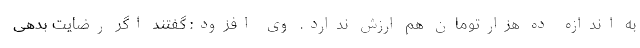
به اندازه ده هزارتومان هم ارزش ندارد. وی افزود: گفتند اگر رضایت بدهی